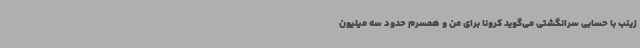
زینب با حسابی سرانگشتی می‌گوید کرونا برای من و همسرم حدود سه‌ میلیون